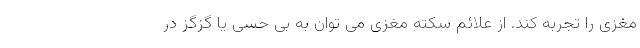
مغزی را تجربه کند. از علائم سکته مغزی می توان به بی حسی یا گزگز در